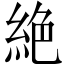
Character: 絶